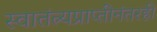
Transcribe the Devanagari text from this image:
स्वातंत्र्यप्राप्तीनंतरही